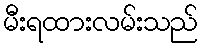
မီးရထားလမ်းသည်